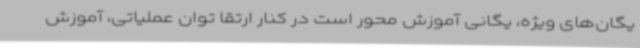
یگان‌های ویژه، یگانی آموزش محور است در کنار ارتقا توان عملیاتی، آموزش